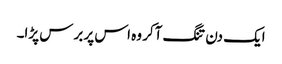
ایک دن تنگ آکر وہ اس پر برس پڑا۔